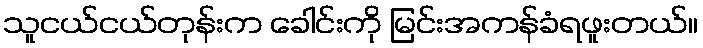
သူငယ်ငယ်တုန်းက ခေါင်းကို မြင်းအကန်ခံရဖူးတယ်။